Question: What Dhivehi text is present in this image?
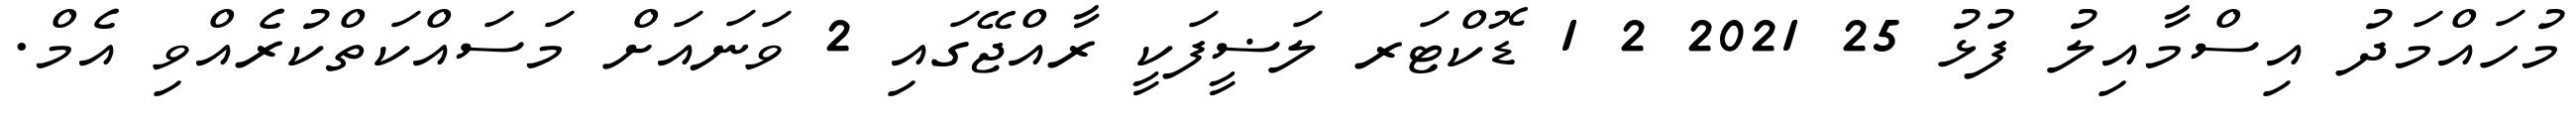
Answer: މުހައްމަދު އިސްމާއިލު ފުޅު 25 2021 2 1 ޑޮކްޓަރ ލަޟީފަކީ ރާއްޖޭގައި 2 ވަނައަށް މަސައްކަތްކުރެއްވި އެމް.